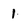
Character: 1